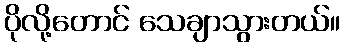
ပိုလို့တောင် သေချာသွားတယ်။